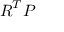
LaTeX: { \boldsymbol { R } } ^ { T } { \boldsymbol { P } }